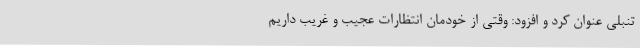
تنبلی عنوان کرد و افزود: وقتی از خودمان انتظارات عجیب و غریب داریم